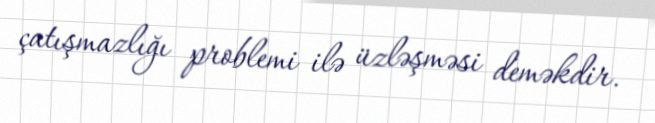
çatışmazlığı problemi ilə üzləşməsi deməkdir.